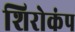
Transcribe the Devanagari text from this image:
शिरोकंप